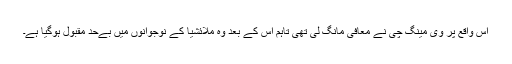
اس واقع پر وی مینگ چی نے معافی مانگ لی تھی تاہم اس کے بعد وہ ملائشیا کے نوجوانوں میں بےحد مقبول ہوگیا ہے۔